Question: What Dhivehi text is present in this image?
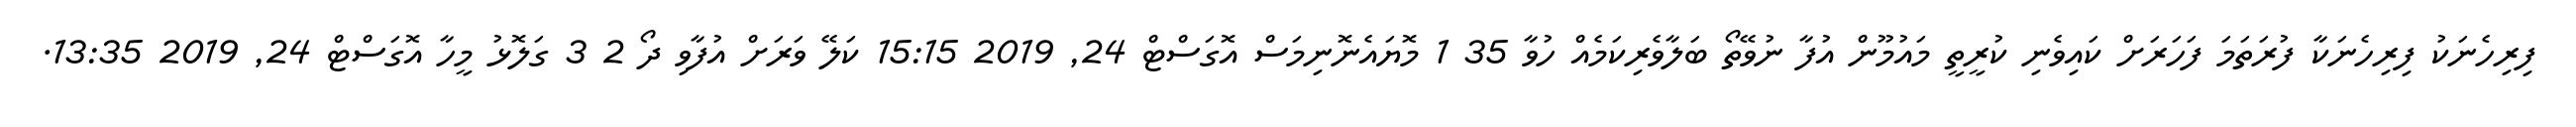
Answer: ފިރިހެނަކު ފިރިހެނަކާ ފުރަތަމަ ފަހަރަށް ކައިވެނި ކުރީތީ މައުމޫން އުފާ ނުވޭތޯ ބަލާވެރިކަމެއް ހުވާ 35 1 މޮޔައެނޮނިމަސް އޮގަސްޓް 24, 2019 15:15 ކަލޭ ވަރަށް އުފާވި ދޯ 2 3 ގަލޮޅު މީހާ އޮގަސްޓް 24, 2019 13:35.